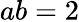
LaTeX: ab=2